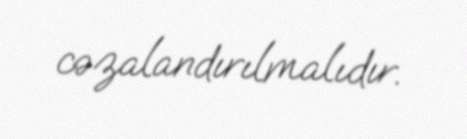
cəzalandırılmalıdır.